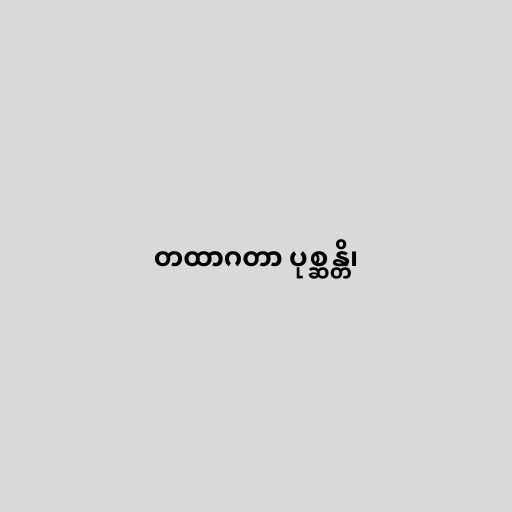
တထာဂတာ ပုစ္ဆန္တိ၊